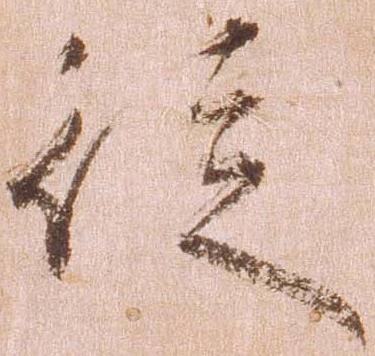
徒